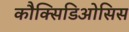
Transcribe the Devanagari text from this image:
कौक्सिडिओसिस